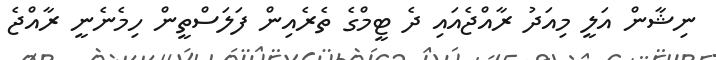
ނިޝާން އަލީ މިއަދު ރާއްޖެއައި ދެ ޓީމްގެ ތެރެއިން ފަލަސްތީން ހިމެނެނީ ރާއްޖެ